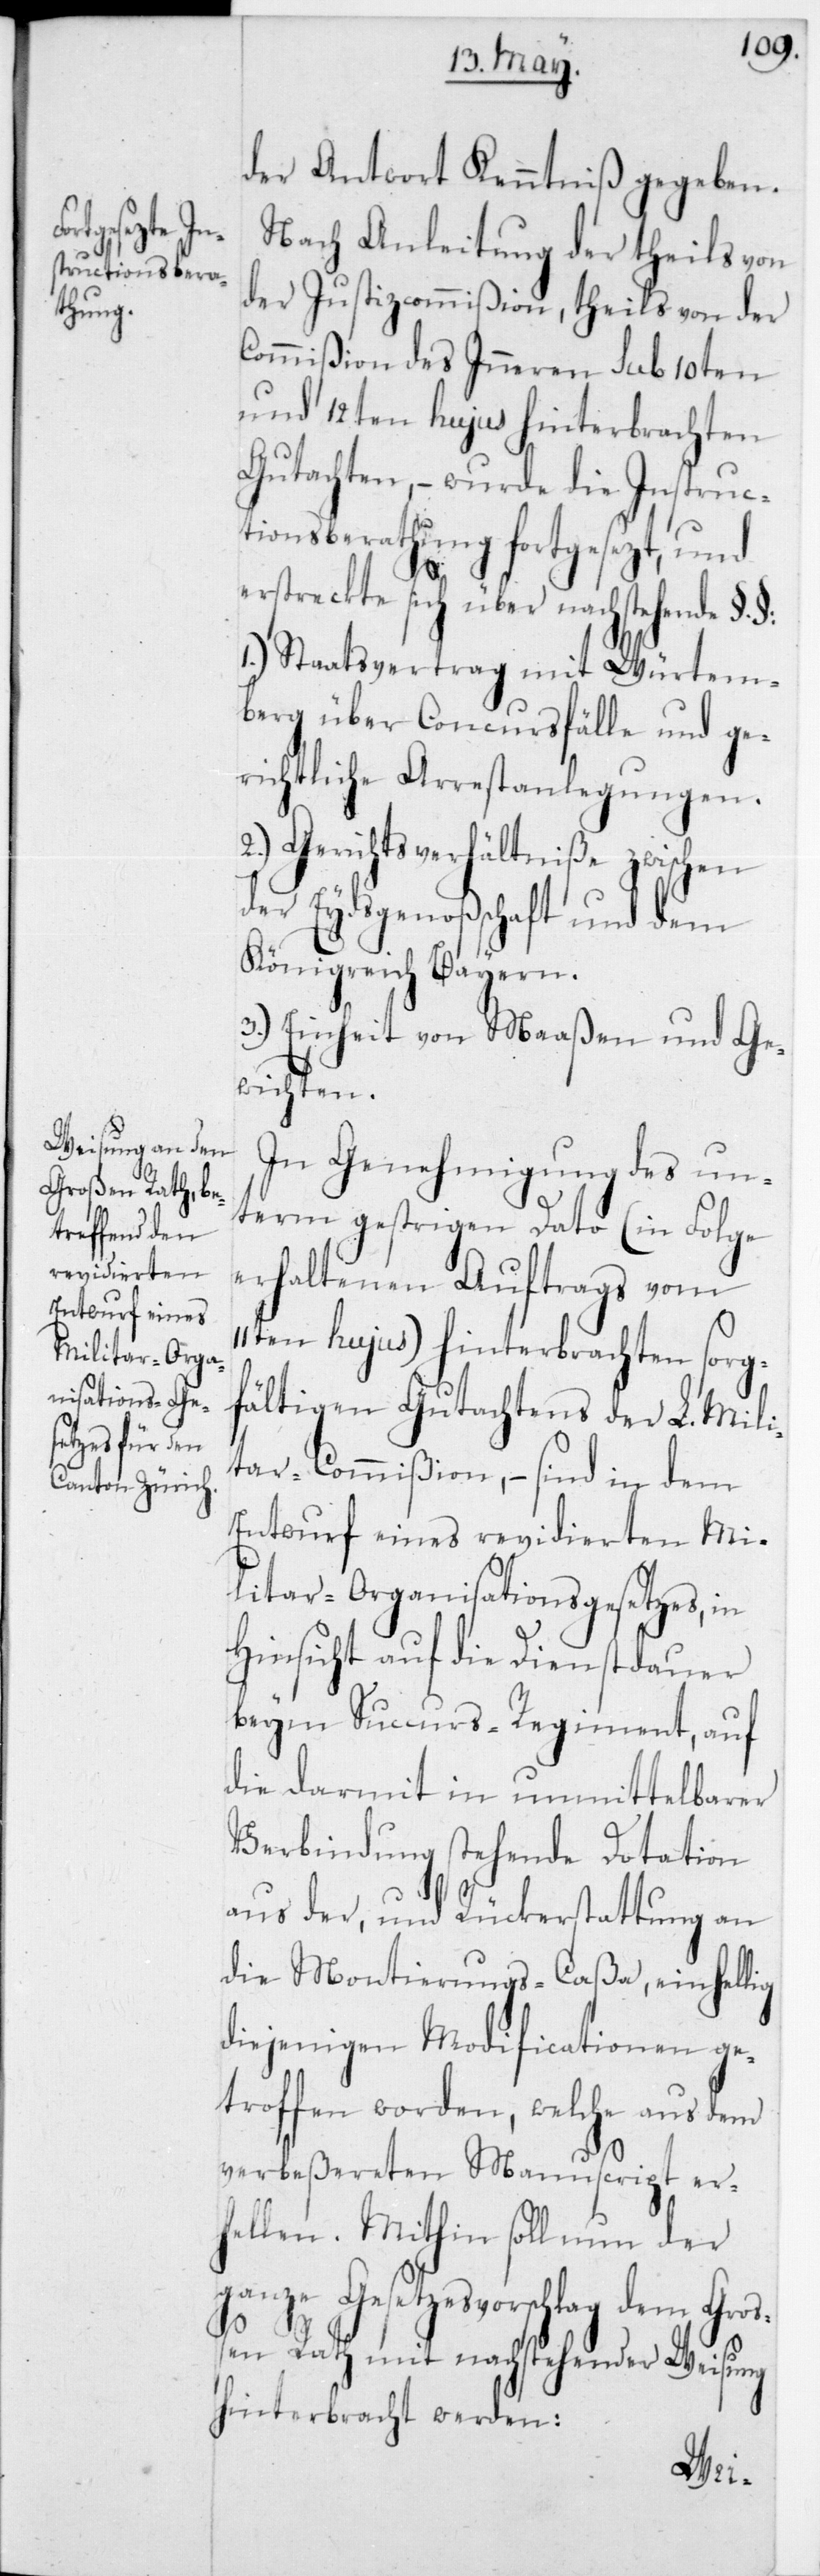
der Antwort Kenntniß gegeben.
Nach Anleitung der theils von
der Justizcommißion, theils von der
Commißion des Inneren sub 10ten
und 12ten hujus hinterbrachten
Gutachten, – wurde die Instruc¬
tionsberathung fortgesezt, und
erstreckte sich über nachstehende
1.) Staatsvertrag mit Würtem¬
berg über Concursfälle und ge¬
richtliche Arrestanlegungen.
2.) Gerichtsverhältniße zwischen
der Eydsgenoßenschaft und dem
Königreich Bayern.
3.) Einheit von Maaßen und Ge¬
wichten.
In Genehmigung des un¬
term gestrigen Dato (in Folge
erhaltenen Auftrags vom
11ten hujus) hinterbrachten sorg¬
fältigen Gutachtens der L. Mili¬
tar-Commißion, – sind in dem
Entwurf eines revidierten Mi¬
litar-Organisations-Gesetzes, in
Hinsicht auf die Dienstdauer
beym Succurs-Regiment, auf
die darmit in unmittelbarer
Verbindung stehende Dotation
aus der, und Rückerstattung an
die Montierungs-Caßa, einhellig
diejenigen Modificationen ge¬
troffen worden, welche aus dem
verbeßereten Manuscript er¬
hellen. Mithin soll nun der
ganze Gesetzesvorschlag dem Groß¬
en Rath mit nachstehender Weisung
hinterbracht werden: